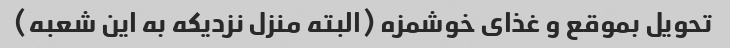
تحویل بموقع و غذای خوشمزه (البته منزل نزدیکه به این شعبه)